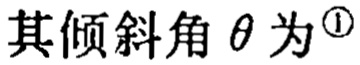
其倾斜角\(\theta\)为\(^{\textcircled{1}}\)